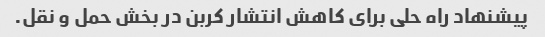
پیشنهاد راه حلی برای کاهش انتشار کربن در بخش حمل و نقل.